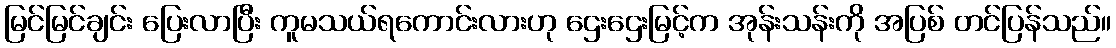
မြင်မြင်ချင်း ပြေးလာပြီး ကူမသယ်ရကောင်းလားဟု ဌေးဌေးမြင့်က အုန်းသန်းကို အပြစ် တင်ပြန်သည်။